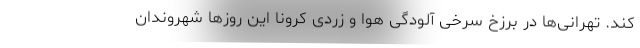
کند. تهرانی‌ها در برزخ سرخی آلودگی هوا و زردی کرونا این روزها شهروندان